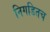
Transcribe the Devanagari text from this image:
निगडितच